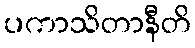
ပကာသိတာနီတိ